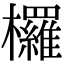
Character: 欏